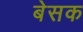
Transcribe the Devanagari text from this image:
बेसक